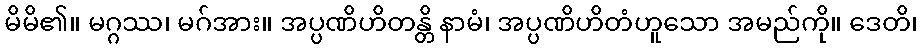
မိမိ၏။ မဂ္ဂဿ၊ မဂ်အား။ အပ္ပဏိဟိတန္တိ နာမံ၊ အပ္ပဏိဟိတံဟူသော အမည်ကို။ ဒေတိ၊